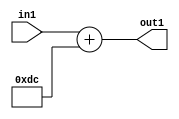
`timescale 1ps / 1ps
/*****************************************************************************
    Verilog RTL Description
    
    
    Created by: Stratus DpOpt 2019.1.01 
*******************************************************************************/

module DC_Filter_Add_12U_43_4 (
	in1,
	out1
	); /* architecture "behavioural" */ 
input [11:0] in1;
output [11:0] out1;
wire [11:0] asc001;

assign asc001 = 
	+(in1)
	+(12'B000011011100);

assign out1 = asc001;
endmodule

/* CADENCE  urj4TQg= : u9/ySgnWtBlWxVPRXgAZ4Og= ** DO NOT EDIT THIS LINE ******/